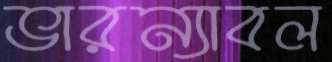
ভারন্যাবল